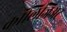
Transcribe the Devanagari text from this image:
कॉलिजिअट